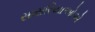
સાસરિયાઓએ